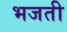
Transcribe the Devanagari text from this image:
भजती